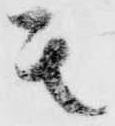
其